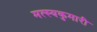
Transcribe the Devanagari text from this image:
मत्स्यकुमारी